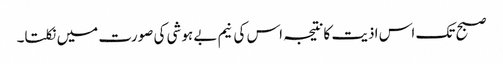
صبح تک اس اذیت کانتیجہ اس کی نیم بے ہوشی کی صورت میں نکلتا۔